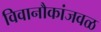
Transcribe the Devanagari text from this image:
विवानौकांजवळ